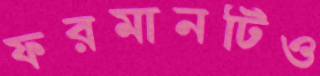
ফরমানটিও